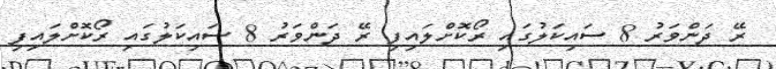
ރޭ ދަންވަރު 8 ސައިކަލުގައި ރޯކޮށްލައިފި ރޭ ދަންވަރު 8 ސައިކަލުގައި ރޯކޮށްލައިފި